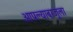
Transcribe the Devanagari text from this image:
आपल्याबाजूला